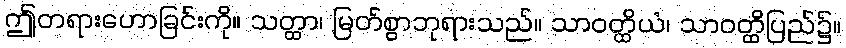
ဤတရားဟောခြင်းကို။ သတ္ထာ၊ မြတ်စွာဘုရားသည်။ သာဝတ္ထိယံ၊ သာဝတ္ထိပြည်၌။